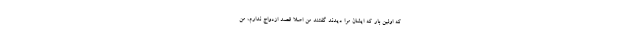
که اولین بار که ایشان مرا دیدند گفتند من اصلا قصد ازدواج ندارم، من